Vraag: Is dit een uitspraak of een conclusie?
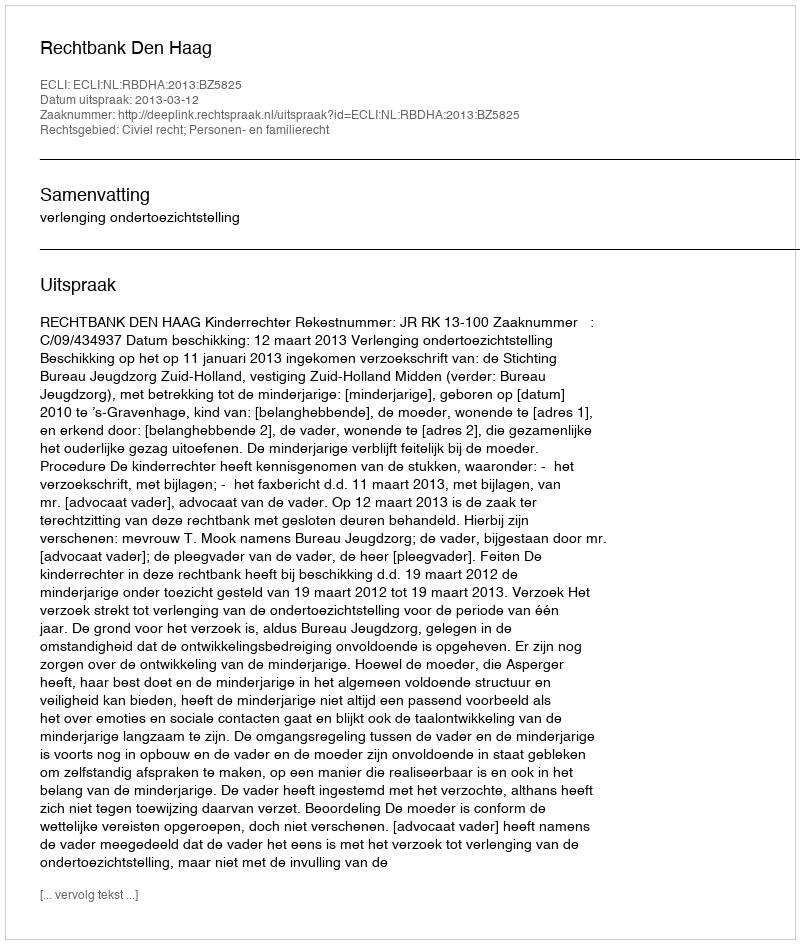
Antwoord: Uitspraak